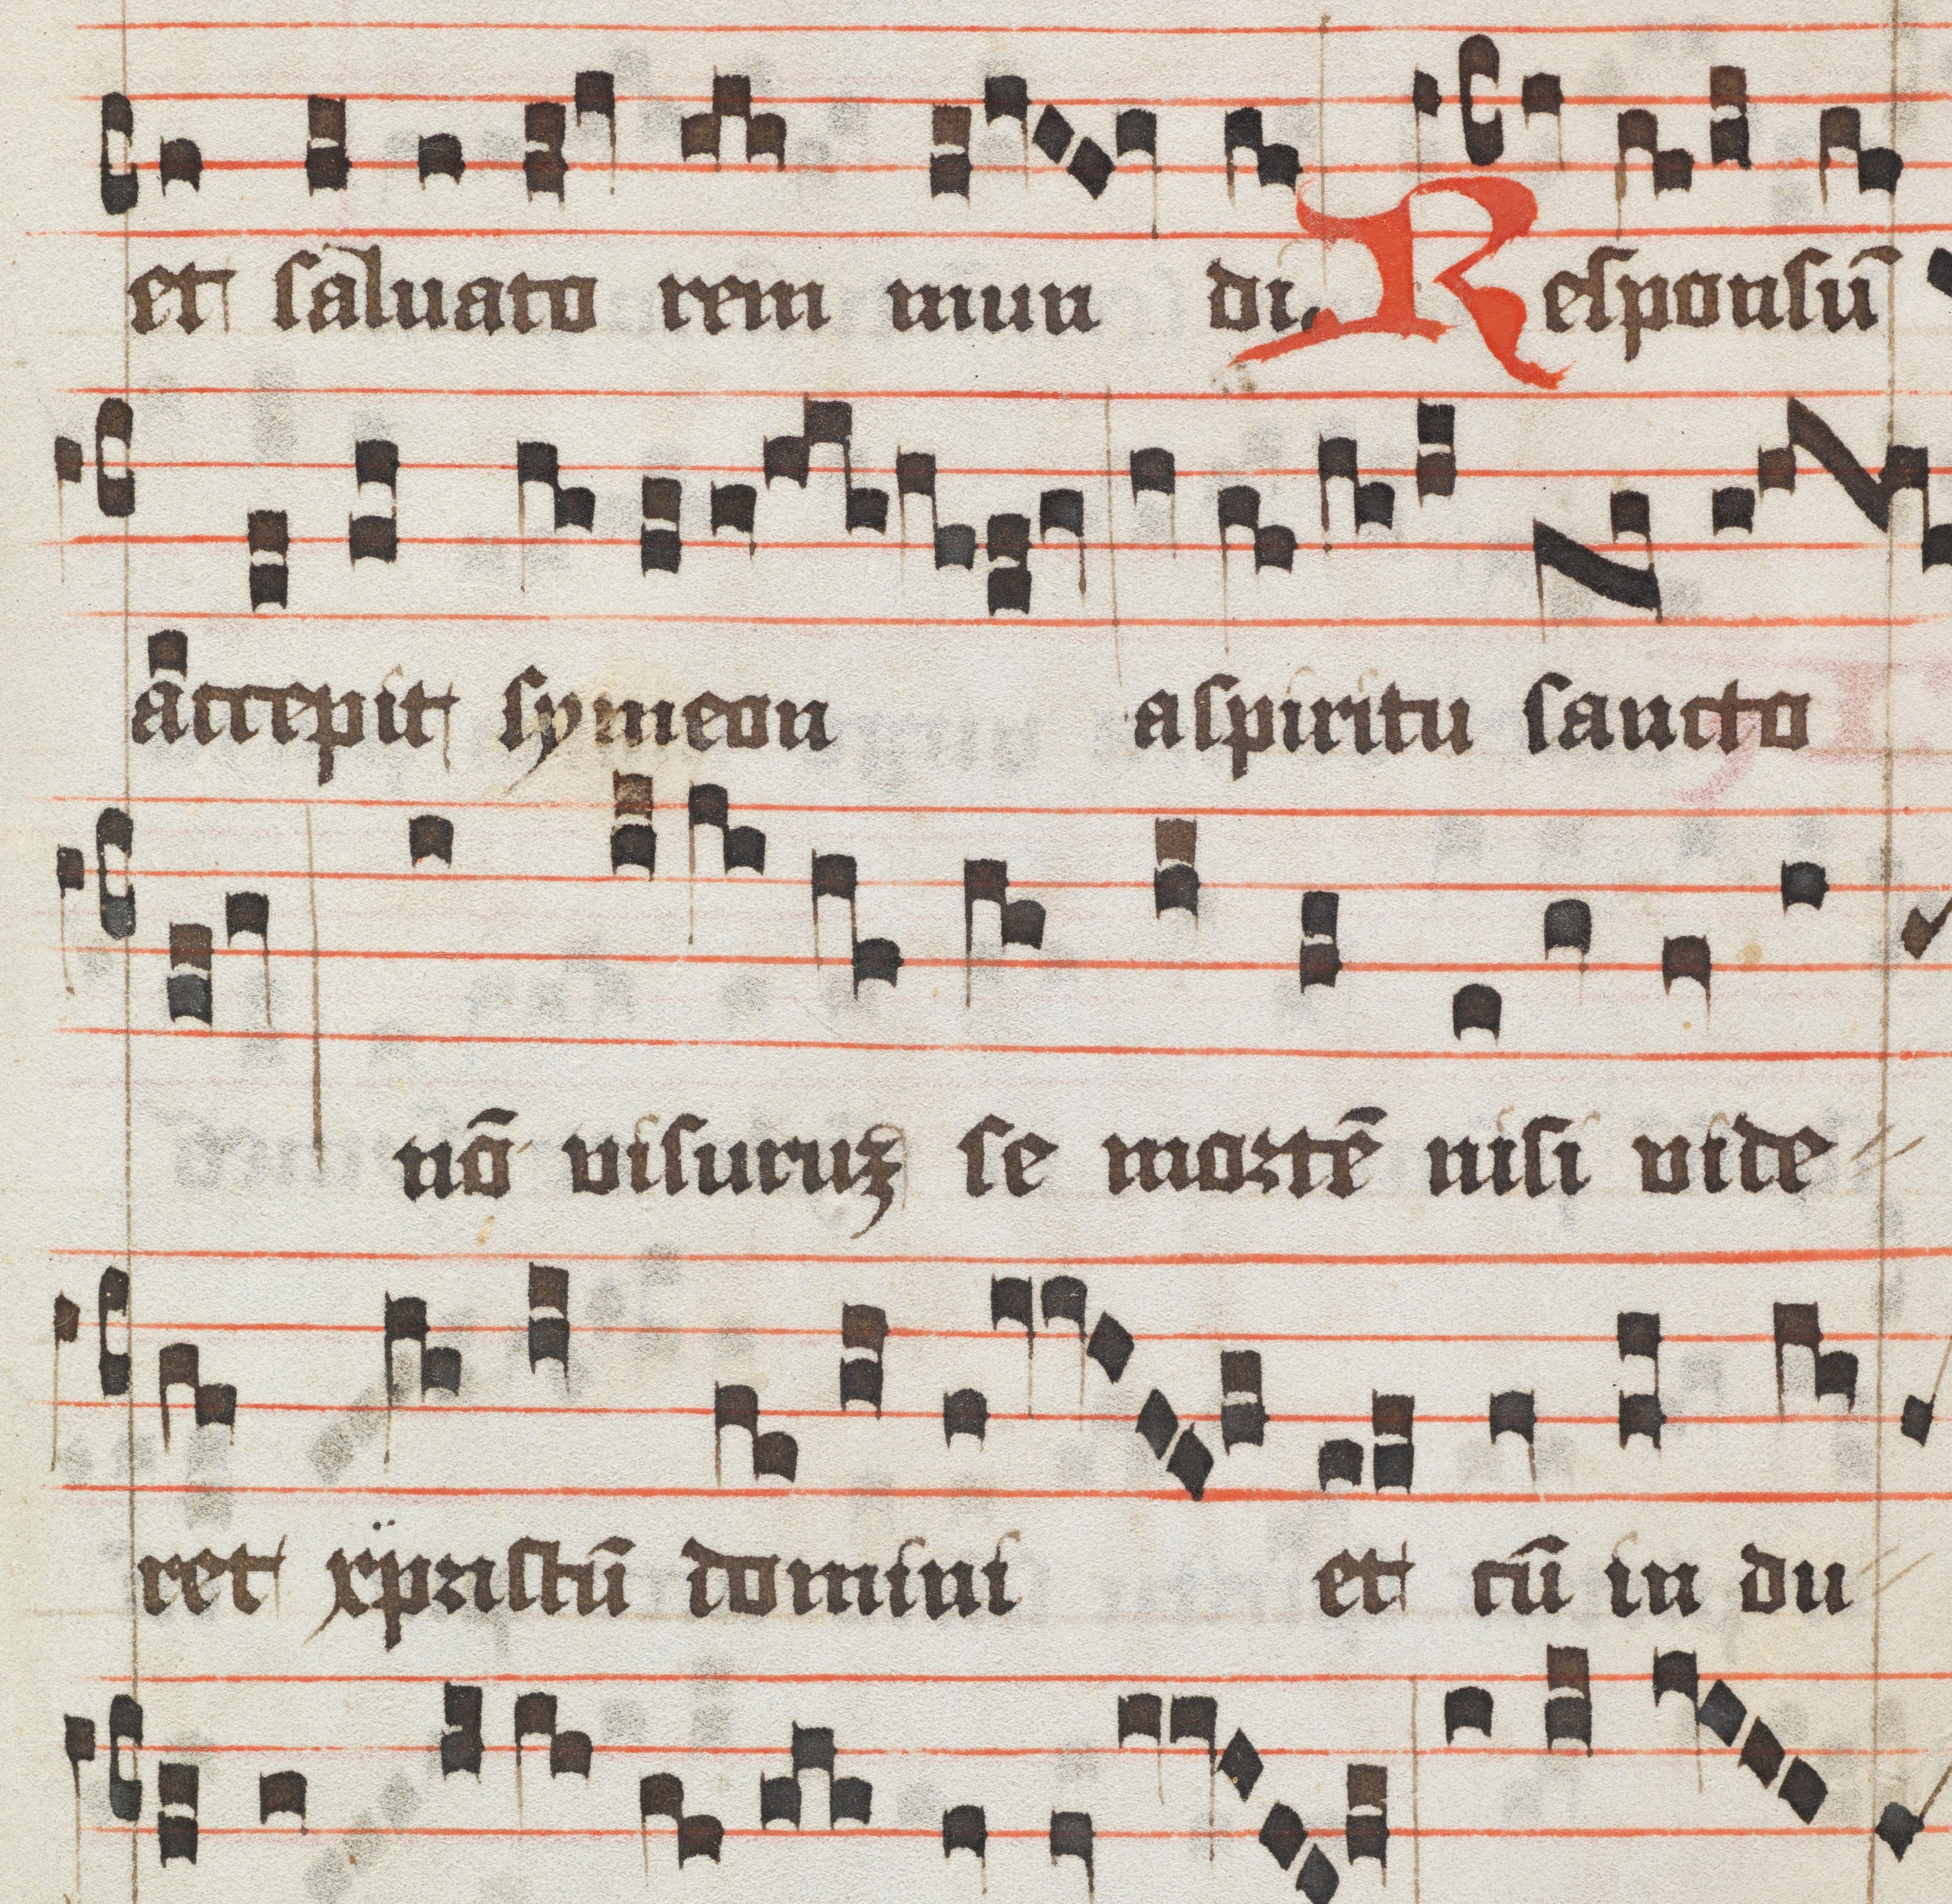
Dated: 1400–1499